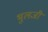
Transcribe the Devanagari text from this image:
भुलजी